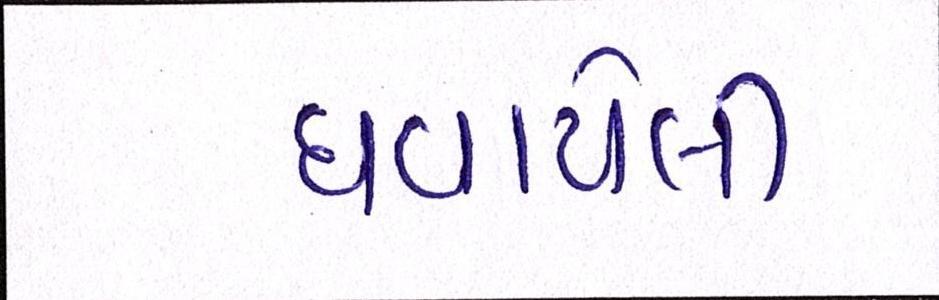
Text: ઘવાયેલી